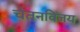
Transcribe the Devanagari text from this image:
चेतनविजय